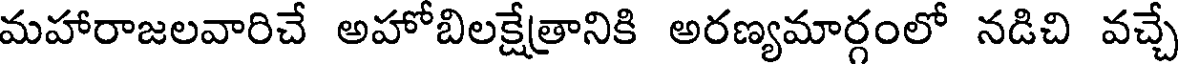
మహారాజలవారిచే అహోబిలక్షేత్రానికి అరణ్యమార్గంలో నడిచి వచ్చే